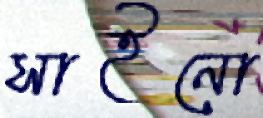
সাইনো